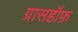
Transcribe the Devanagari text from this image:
ग्रासहॉफ़